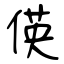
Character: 偀